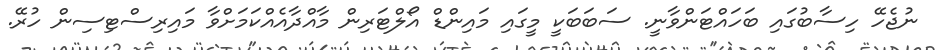
ނުޖެހޭ ހިސާބުގައި ބަހައްޓަންވާނީ. ސަބަބަކީ މީގައި މައިންޑް އޯލްޓަރިން މާއްދާއެއްކަމަށްވާ މައިރިސްޓިސިން ހުރޭ.